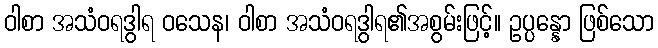
ဝါစာ အသံဝရဒွါရ ဝသေန၊ ဝါစာ အသံဝရဒွါရ၏အစွမ်းဖြင့်။ ဥပ္ပန္နော ဖြစ်သော